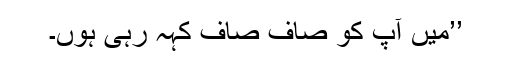
’’میں آپ کو صاف صاف کہہ رہی ہوں۔